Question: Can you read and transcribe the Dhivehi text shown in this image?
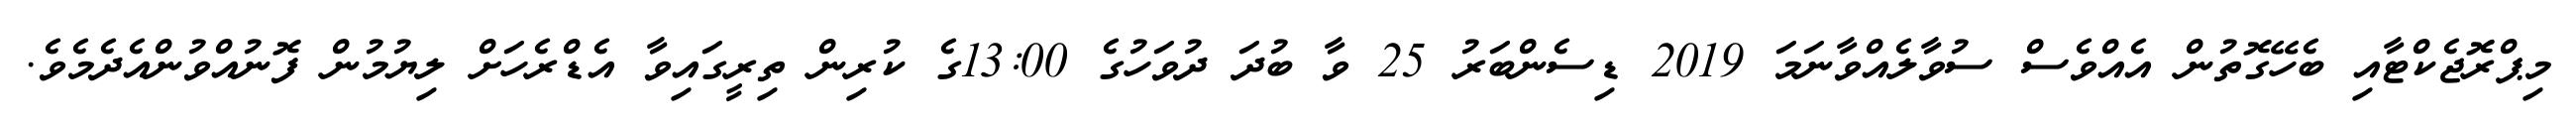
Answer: މިޕްރޮޖެކްޓާއި ބެހޭގޮތުން އެއްވެސް ސުވާލެއްވާނަމަ 2019 ޑިސެންބަރު 25 ވާ ބުދަ ދުވަހުގެ 13:00ގެ ކުރިން ތިރީގައިވާ އެޑްރެހަށް ލިޔުމުން ފޮނުއްވުންއެދެމެވެ.